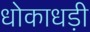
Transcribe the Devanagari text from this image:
धोकाधड़ी